Report of an investigation of the epidemic of malarial fever in Assam, or, kala-azar
Disease focus: Malaria
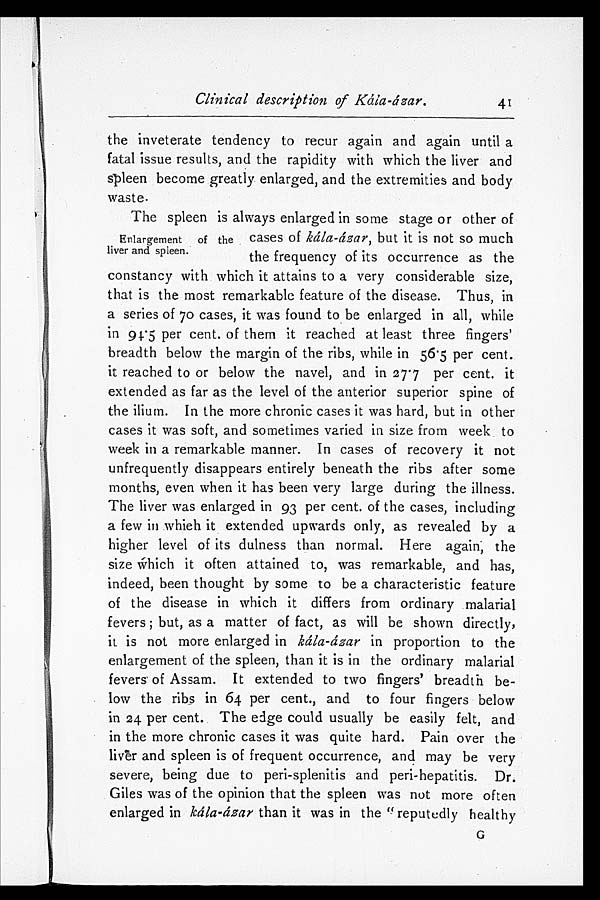
Clinical description of Kála-ázar.
41
the inveterate tendency to recur again and again until a
fatal issue results, and the rapidity with which the liver and
spleen become greatly enlarged, and the extremities and body
waste.
The spleen is always enlarged in some stage or other of
cases of kála-ázar, but it is not so much
the frequency of its occurrence as the
constancy with which it attains to a very considerable size,
that is the most remarkable feature of the disease. Thus, in
a series of 70 cases, it was found to be enlarged in all, while
in 94.5 per cent. of them it reached at least three fingers'
breadth below the margin of the ribs, while in 56.5 per cent.
it reached to or below the navel, and in 27.7 per cent. it
extended as far as the level of the anterior superior spine of
the ilium. In the more chronic cases it was hard, but in other
cases it was soft, and sometimes varied in size from week to
week in a remarkable manner. In cases of recovery it not
unfrequently disappears entirely beneath the ribs after some
months, even when it has been very large during the illness.
The liver was enlarged in 93 per cent. of the cases, including
a few in which it extended upwards only, as revealed by a
higher level of its dulness than normal. Here again, the
size which it often attained to, was remarkable, and has,
indeed, been thought by some to be a characteristic feature
of the disease in which it differs from ordinary malarial
fevers; but, as a matter of fact, as will be shown directly,
it is not more enlarged in kála-ázar in proportion to the
enlargement of the spleen, than it is in the ordinary malarial
fevers of Assam. It extended to two fingers' breadth be-
low the ribs in 64 per cent., and to four fingers below
in 24 per cent. The edge could usually be easily felt, and
in the more chronic cases it was quite hard. Pain over the
liver and spleen is of frequent occurrence, and may be very
severe, being due to peri-splenitis and peri-hepatitis. Dr.
Giles was of the opinion that the spleen was not more often
enlarged in kála-ázar than it was in the "reputedly healthy G
Enlargement of the
liver and spleen.